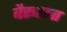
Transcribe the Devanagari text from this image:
बैरूतला